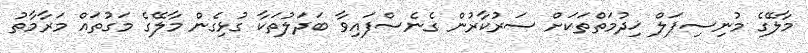
މާލޭގެ މުނިސިޕަލް ޚިދުމަތްތަކަށް ސަރުކާރުން ގެނެސްފައިވާ ބަދަލުތަކާ ގުޅިގެން މާލޭގެ މަގުތައް މަރާމާތު